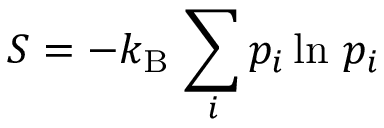
S = - k _ { \mathrm { B } } \, \sum _ { i } p _ { i } \ln \, p _ { i }